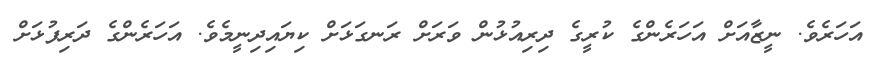
އަހަރެވެ. ނީޒާއަށް އަހަރެންގެ ކުރީގެ ދިރިއުޅުން ވަރަށް ރަނގަޅަށް ކިޔައިދިނީމެވެ. އަހަރެންގެ ދަރިފުޅަށް